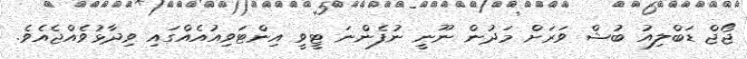
ޖޯޖް ޑަބްލިއު ބުޝް ވަރަށް މަދުން ނޫނީ ނުފެންނަ ޓީވީ އިންޓަވިއުއެއްގައި ވިދާޅުވެއްޖެއެވެ.